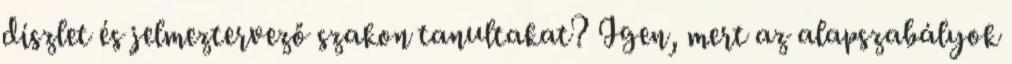
díszlet és jelmeztervező szakon tanultakat? Igen, mert az alapszabályok